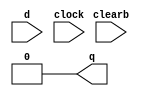
`timescale 1ns/1ps

module dff(d, clearb, clock, q);
	input d, clearb, clock;
	output q;
	reg q;

	always @ (!clearb)
		begin
			q <= 1'b0;
		end
	
	always @ (posedge clock)
		begin
			if(!clearb) q <= d;
		end
endmodule